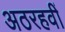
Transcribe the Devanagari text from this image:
अठरहवीं